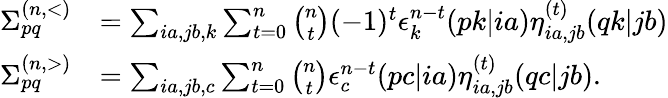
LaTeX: \begin{array}{rl}{\Sigma_{pq}^{(n,<)}}&{=\sum_{ia,jb,k}\sum_{t=0}^{n}\binom{n}{t}(-1)^{t}\epsilon_{k}^{n-t}(pk|ia)\eta_{ia,jb}^{(t)}(qk|jb)}\\ {\Sigma_{pq}^{(n,>)}}&{=\sum_{ia,jb,c}\sum_{t=0}^{n}\binom{n}{t}\epsilon_{c}^{n-t}(pc|ia)\eta_{ia,jb}^{(t)}(qc|jb).}\end{array}